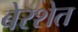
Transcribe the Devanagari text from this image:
बेरशेत